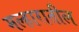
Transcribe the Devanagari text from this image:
मल्हारातील